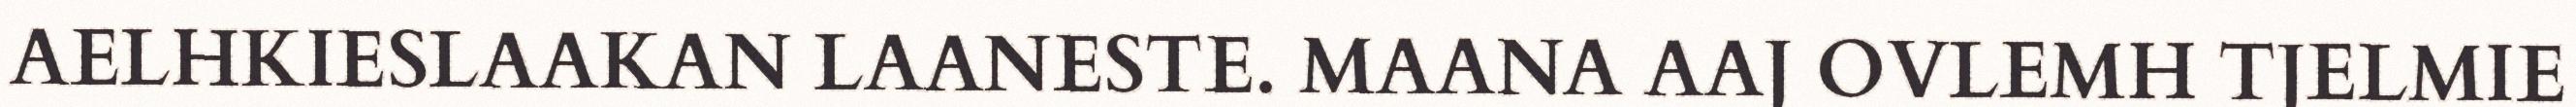
AELHKIESLAAKAN LAANESTE. MAANA AAJ OVLEMH TJELMIE